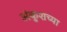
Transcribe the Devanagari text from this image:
अंकुशच्या